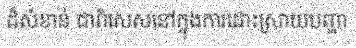
ដ៏សំខាន់ ជាពិសេសនៅក្នុងការដោះស្រាយបញ្ហា